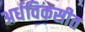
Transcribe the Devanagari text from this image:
अर्धविकसीत